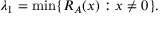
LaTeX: \lambda _ { 1 } = \operatorname* { m i n } \{ R _ { A } ( x ) : x \neq 0 \} .